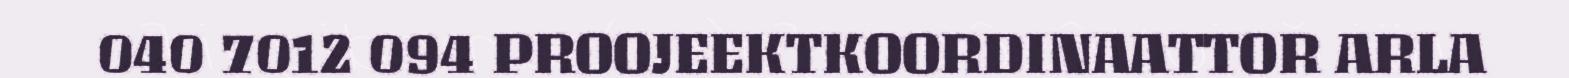
040 7012 094 PROOJEEKTKOORDINAATTOR ARLA